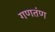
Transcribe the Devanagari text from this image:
गणतंण